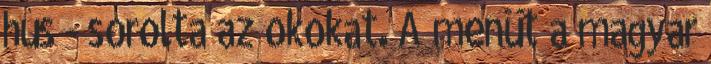
hús - sorolta az okokat. A menüt a magyar